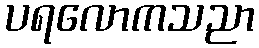
ပရလောကသညာ